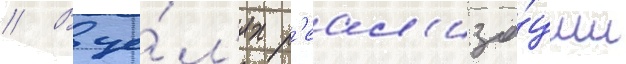
// В це́л'ях р'еал'иза́ции